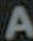
A